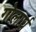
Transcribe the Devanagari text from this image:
गोलार्घ